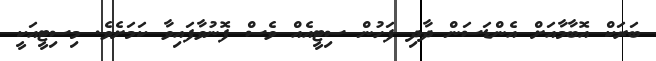
ބަރަކް އޮބާމާއަށް އެންޑަސަން ދާދި ފަހުން ސިޓީއެއް ވެސް ފޮނުވާފައިވާ ކަމަށެވެ. މިސިޓީއަކީ